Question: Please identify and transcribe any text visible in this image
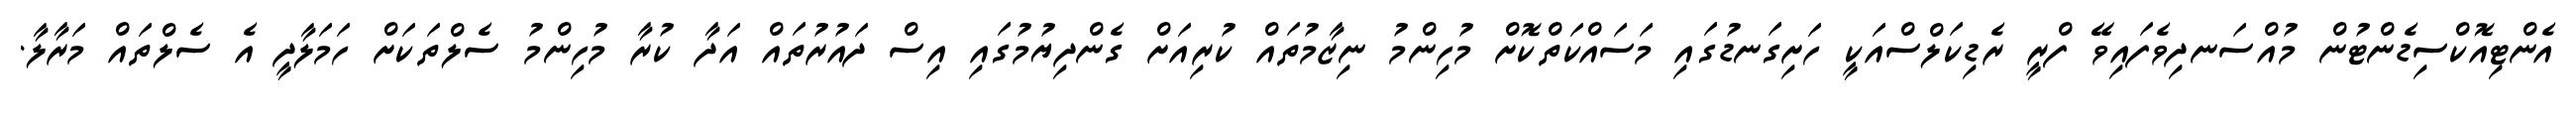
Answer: އެންޓިއޮކްސިޑެންޓުން މުއްސަނދިވެފައިވޭ ފްރީ ރެޑިކަލްސްއަކީ ހަށިގަނޑުގައި މަސައްކަތްކޮށް މުހިންމު ނިޒާމުތައް ކުރިއަށް ގެންދިޔުމުގައި އިސް ދައުރުތައް އަދާ ކުރާ މުހިންމު ސެލްތަކަށް ހަމަލާދީ އެ ސެލްތައް މަރާލާ.